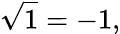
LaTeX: {\sqrt{1}}=-1,